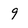
Character: g